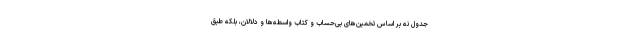
جدول نه بر اساس تخمین‌های بی‌حساب و کتاب واسطه‌ها و دلالان، بلکه طبق